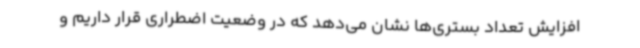
افزایش تعداد بستری‌ها نشان می‌دهد که در وضعیت اضطراری قرار داریم و